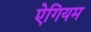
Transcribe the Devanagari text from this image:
ऐगियम